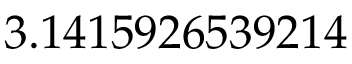
3 . 1 4 1 5 9 2 6 5 3 9 2 1 4